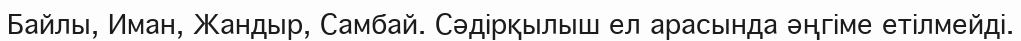
Байлы, Иман, Жандыр, Самбай. Сәдірқылыш ел арасында әңгіме етілмейді.